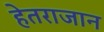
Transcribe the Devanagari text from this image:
हेतराजान